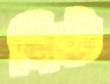
নিউ